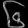
Digit: ၆